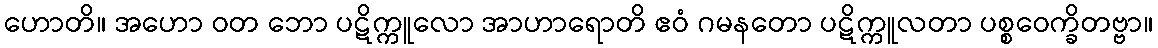
ဟောတိ။ အဟော ဝတ ဘော ပဋိက္ကူလော အာဟာရောတိ ဧဝံ ဂမနတော ပဋိက္ကူလတာ ပစ္စဝေက္ခိတဗ္ဗာ။